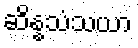
ဆိန္နသံသယာ